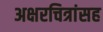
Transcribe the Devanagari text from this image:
अक्षरचित्रांसह